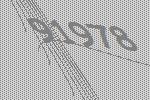
91978